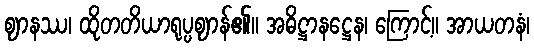
ဈာနဿ၊ ထိုတတိယာရုပ္ပဈာန်၏။ အဓိဋ္ဌာနဋ္ဌေန၊ ကြောင့်။ အာယတနံ၊